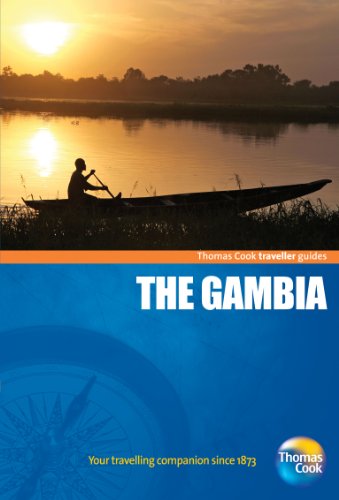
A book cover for Traveller Guides The Gambia 3rd (Travellers - Thomas Cook); Thomas Cook Publishing; Travel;